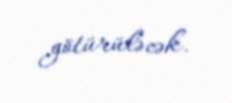
götürüləcək.